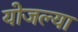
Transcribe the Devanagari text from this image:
योजल्या